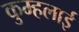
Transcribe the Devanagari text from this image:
कुम्हलाई